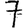
Digit: 7